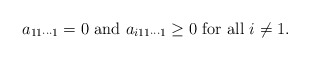
\begin{align*} a_{11\cdots1}=0\mbox{ and }a_{i11\cdots 1}\geq0\mbox{ for all }i\ne 1.\end{align*}